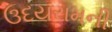
ઉદયરામની